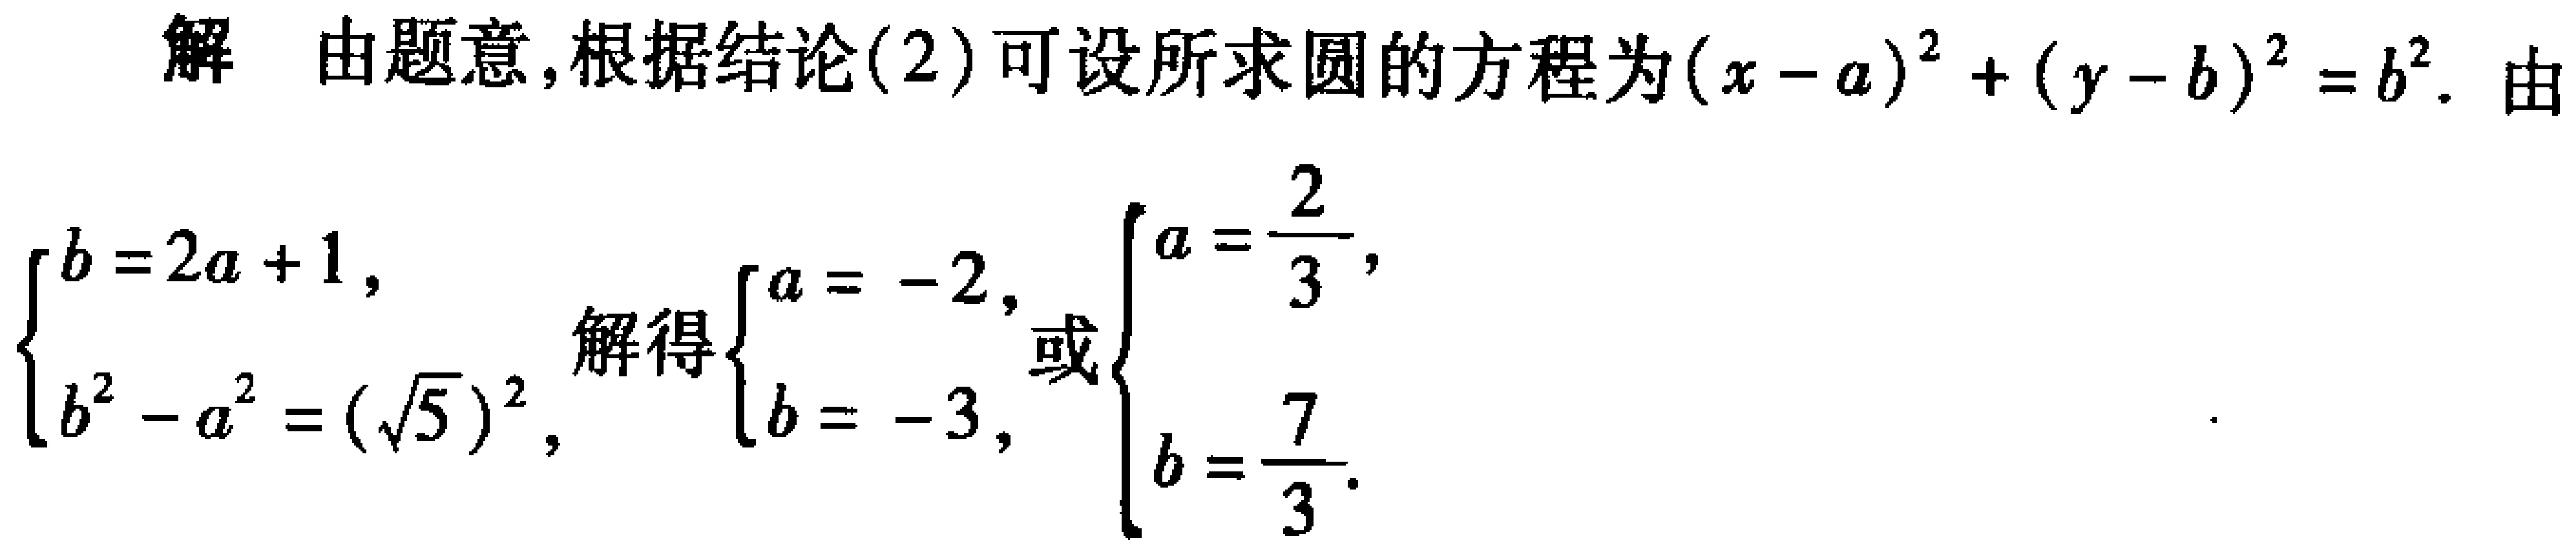
解 由题意,根据结论(2)可设所求圆的方程为\((x - a)^{2}+(y - b)^{2}=b^{2}\). 由
\(\begin{cases}b = 2a + 1,\\b^{2}-a^{2}=(\sqrt{5})^{2},\end{cases}\)解得\(\begin{cases}a = - 2,\\b = - 3,\end{cases}\)或\(\begin{cases}a=\dfrac{2}{3},\\b=\dfrac{7}{3}.\end{cases}\)